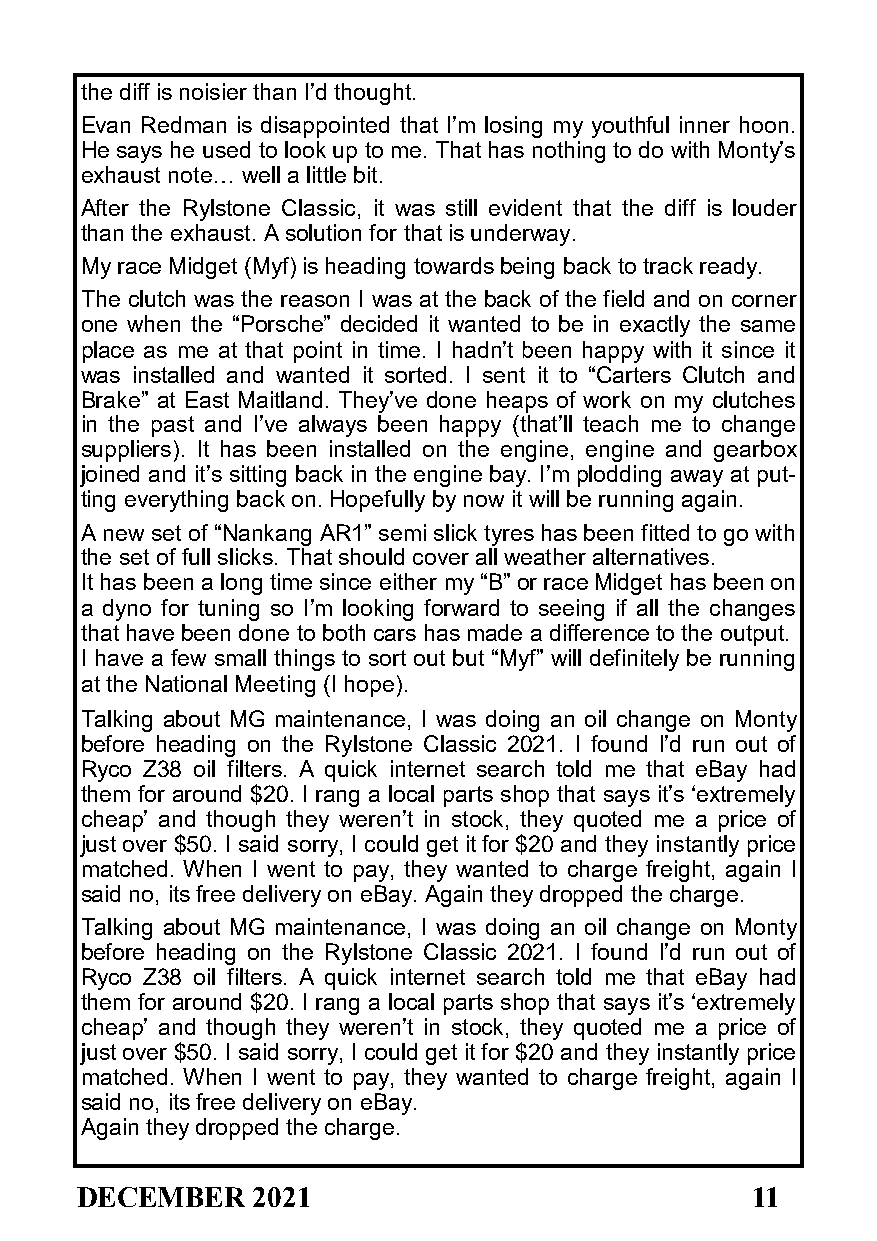
the diff is noisier than I’d thought.
 Evan Redman is disappointed that I’m losing my youthful inner hoon.
 He says he used to look up to me. That has nothing to do with Monty’s
 exhaust note… well a little bit.
 After the Rylstone Classic, it was still evident that the diff is louder
 than the exhaust. A solution for that is underway.
 My race Midget (Myf) is heading towards being back to track ready.
 The clutch was the reason I was at the back of the field and on corner
 one when the “Porsche” decided it wanted to be in exactly the same
 place as me at that point in time. I hadn’t been happy with it since it
 was installed and wanted it sorted. I sent it to “Carters Clutch and
 Brake” at East Maitland. They’ve done heaps of work on my clutches
 in the past and I’ve always been happy (that’ll teach me to change
 suppliers). It has been installed on the engine, engine and gearbox
 joined and it’s sitting back in the engine bay. I’m plodding away at put-
 ting everything back on. Hopefully by now it will be running again.
 A new set of “Nankang AR1” semi slick tyres has been fitted to go with
 the set of full slicks. That should cover all weather alternatives.
 It has been a long time since either my “B” or race Midget has been on
 a dyno for tuning so I’m looking forward to seeing if all the changes
 that have been done to both cars has made a difference to the output.
 I have a few small things to sort out but “Myf” will definitely be running
 at the National Meeting (I hope).
 Talking about MG maintenance, I was doing an oil change on Monty
 before heading on the Rylstone Classic 2021. I found I’d run out of
 Ryco Z38 oil filters. A quick internet search told me that eBay had
 them for around $20. I rang a local parts shop that says it’s ‘extremely
 cheap’ and though they weren’t in stock, they quoted me a price of
 just over $50. I said sorry, I could get it for $20 and they instantly price
 matched. When I went to pay, they wanted to charge freight, again I
 said no, its free delivery on eBay. Again they dropped the charge.
 Talking about MG maintenance, I was doing an oil change on Monty
 before heading on the Rylstone Classic 2021. I found I’d run out of
 Ryco Z38 oil filters. A quick internet search told me that eBay had
 them for around $20. I rang a local parts shop that says it’s ‘extremely
 cheap’ and though they weren’t in stock, they quoted me a price of
 just over $50. I said sorry, I could get it for $20 and they instantly price
 matched. When I went to pay, they wanted to charge freight, again I
 said no, its free delivery on eBay.
 Again they dropped the charge.
 DECEMBER    2021                             11